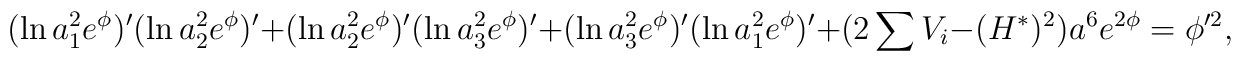
(\ln a_1^2e^{\phi})^\prime (\ln a_2^2e^{\phi})^\prime +(\ln a_2^2e^{\phi})^\prime (\ln a_3^2e^{\phi})^\prime +(\ln a_3^2e^{\phi})^\prime (\ln a_1^2e^{\phi})^\prime +(2\sum V_i-(H^{\ast})^ 2)a^6e^{2\phi}=\phi^{\prime 2},